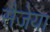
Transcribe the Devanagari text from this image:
सैजेया